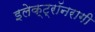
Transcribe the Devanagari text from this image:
इलेक्ट्रॉनरागी